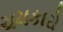
ચમકારો